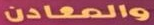
والمعادن